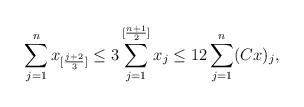
LaTeX: \begin{align*} \sum_{j=1}^{n}x_{[\frac{j+2}{3}]} \leq 3\sum_{j=1}^{[\frac{n+1}{2}]}x_j\leq 12 \sum_{j=1}^n (Cx)_j,\end{align*}